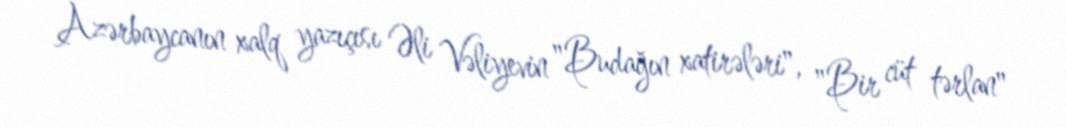
Azərbaycanın xalq yazıçısı Əli Vəliyevin "Budağın xatirələri", "Bir cüt tərlan"